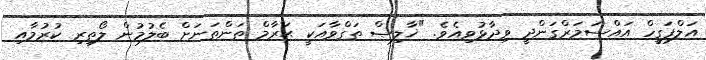
އަލްފަގީހް އައްސަމަރްގަންދީ ވިދާޅުވިއެވެ. "ޚާލިޞް ތަގްވާއަކީ ޙަރާމް ތަންތަނަށް ބެލުމުން ލޯތިރި ކުރުމާއި